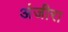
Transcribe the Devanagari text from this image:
अंजीरा